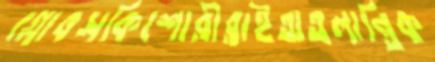
গ্লোবসকিশোরীরাইঅতলান্তিক